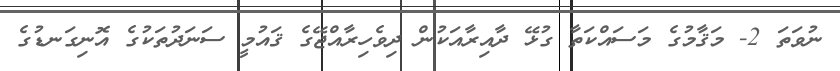
ނުވަތަ 2- މަޤާމުގެ މަސައްކަތާ ގުޅޭ ދާއިރާއަކުން ދިވެހިރާއްޖޭގެ ޤައުމީ ސަނަދުތަކުގެ އޮނިގަނޑުގެ